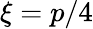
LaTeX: \xi=p/4